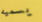
يسميه